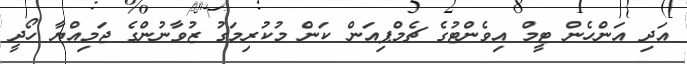
އަދި އަންހެން ޓީމް އިވެންޓުގެ ޗެމްޕިއަން ކަން މުކުރިމަގު ޒުވާނުންގެ ޖަމިއްޔާ ހޯދީ